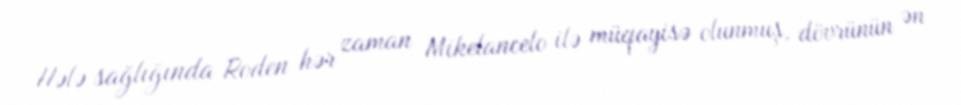
Hələ sağlığında Roden hər zaman Mikelancelo ilə müqayisə olunmuş, dövrünün ən